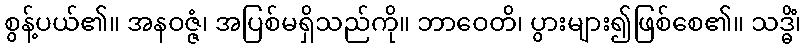
စွန့်ပယ်၏။ အနဝဇ္ဇံ၊ အပြစ်မရှိသည်ကို။ ဘာဝေတိ၊ ပွားများ၍ဖြစ်စေ၏။ သဒ္ဓိံ၊